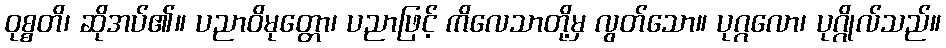
ဝုစ္စတိ၊ ဆိုအပ်၏။ ပညာဝိမုတ္တော၊ ပညာဖြင့် ကိလေသာတို့မှ လွတ်သော။ ပုဂ္ဂလော၊ ပုဂ္ဂိုလ်သည်။